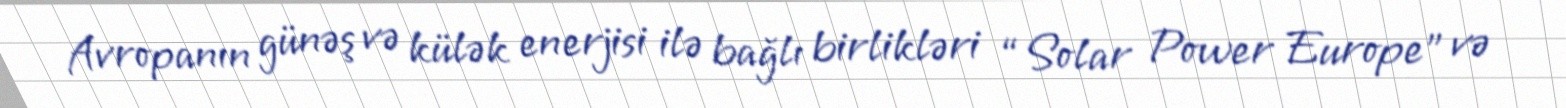
Avropanın günəş və külək enerjisi ilə bağlı birlikləri “Solar Power Europe” və